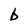
Character: b